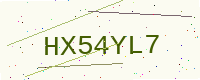
Text: HX54YL7